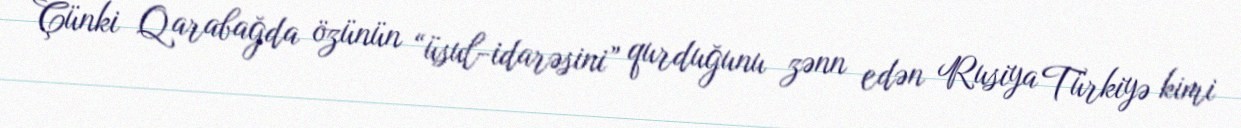
Çünki Qarabağda özünün “üsul-idarəsini” qurduğunu zənn edən Rusiya Türkiyə kimi